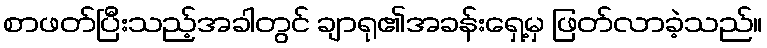
စာဖတ်ပြီးသည့်အခါတွင် ချာရု၏အခန်းရှေ့မှ ဖြတ်လာခဲ့သည်။